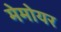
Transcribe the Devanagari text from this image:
मेमोयर